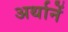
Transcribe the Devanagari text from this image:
अर्थानें